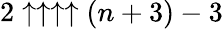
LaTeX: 2\uparrow\uparrow\uparrow\uparrow(n+3)-3